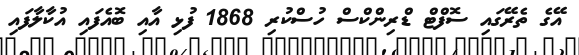
އޭގެ ތެރޭގައި ސޮފްޓް ޑްރިންކްސް ހުސްކުރި 1868 ފުޅި އާއި ބޮއެފައި އުކާލާފައި